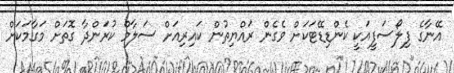
އޭނާގެ ފިލޯސަފީއަކީ ކެންޑިޑޭޓަކަށް ވެގެން ރައްޔިތުން ކައިރިއަށް ސަލާމް ކުރަންދާ ގޮތަށް މަގާމަކަށް